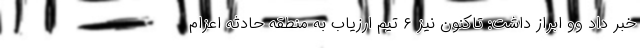
خبر داد وو ابراز داشت: تاکنون نیز ۶ تیم ارزیاب به منطقه حادثه اعزام